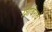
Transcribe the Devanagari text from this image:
शिबिराचे